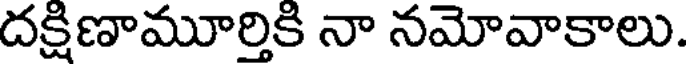
దక్షిణామూర్తికి నా నమోవాకాలు.